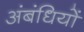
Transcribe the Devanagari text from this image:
अंबंधियों